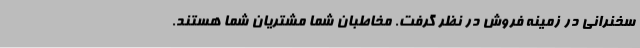
سخنرانی در زمینه فروش در نظر گرفت. مخاطبان شما مشتریان شما هستند.